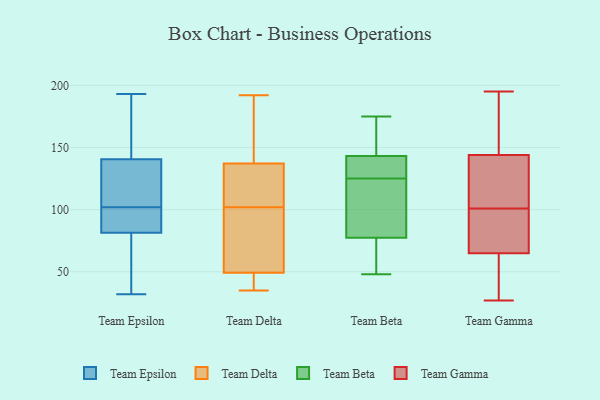
{"axis": {"x": "Budget (USD K)", "y": "Value"}, "legend": ["Team Beta", "Team Delta", "Team Epsilon", "Team Gamma"], "data": [{"x": "", "y": 175, "type": "Team Epsilon"}, {"x": "", "y": 88, "type": "Team Epsilon"}, {"x": "", "y": 94, "type": "Team Epsilon"}, {"x": "", "y": 32, "type": "Team Epsilon"}, {"x": "", "y": 184, "type": "Team Epsilon"}, {"x": "", "y": 105, "type": "Team Epsilon"}, {"x": "", "y": 174, "type": "Team Epsilon"}, {"x": "", "y": 116, "type": "Team Epsilon"}, {"x": "", "y": 77, "type": "Team Epsilon"}, {"x": "", "y": 83, "type": "Team Epsilon"}, {"x": "", "y": 193, "type": "Team Epsilon"}, {"x": "", "y": 131, "type": "Team Epsilon"}, {"x": "", "y": 33, "type": "Team Epsilon"}, {"x": "", "y": 141, "type": "Team Epsilon"}, {"x": "", "y": 99, "type": "Team Epsilon"}, {"x": "", "y": 40, "type": "Team Epsilon"}, {"x": "", "y": 80, "type": "Team Epsilon"}, {"x": "", "y": 95, "type": "Team Epsilon"}, {"x": "", "y": 115, "type": "Team Epsilon"}, {"x": "", "y": 140, "type": "Team Epsilon"}, {"x": "", "y": 35, "type": "Team Delta"}, {"x": "", "y": 47, "type": "Team Delta"}, {"x": "", "y": 192, "type": "Team Delta"}, {"x": "", "y": 110, "type": "Team Delta"}, {"x": "", "y": 99, "type": "Team Delta"}, {"x": "", "y": 165, "type": "Team Delta"}, {"x": "", "y": 50, "type": "Team Delta"}, {"x": "", "y": 175, "type": "Team Delta"}, {"x": "", "y": 102, "type": "Team Delta"}, {"x": "", "y": 49, "type": "Team Delta"}, {"x": "", "y": 36, "type": "Team Delta"}, {"x": "", "y": 120, "type": "Team Delta"}, {"x": "", "y": 143, "type": "Team Delta"}, {"x": "", "y": 109, "type": "Team Delta"}, {"x": "", "y": 90, "type": "Team Delta"}, {"x": "", "y": 100, "type": "Team Beta"}, {"x": "", "y": 125, "type": "Team Beta"}, {"x": "", "y": 64, "type": "Team Beta"}, {"x": "", "y": 156, "type": "Team Beta"}, {"x": "", "y": 48, "type": "Team Beta"}, {"x": "", "y": 175, "type": "Team Beta"}, {"x": "", "y": 67, "type": "Team Beta"}, {"x": "", "y": 159, "type": "Team Beta"}, {"x": "", "y": 139, "type": "Team Beta"}, {"x": "", "y": 100, "type": "Team Beta"}, {"x": "", "y": 137, "type": "Team Beta"}, {"x": "", "y": 134, "type": "Team Beta"}, {"x": "", "y": 81, "type": "Team Beta"}, {"x": "", "y": 80, "type": "Team Gamma"}, {"x": "", "y": 60, "type": "Team Gamma"}, {"x": "", "y": 132, "type": "Team Gamma"}, {"x": "", "y": 146, "type": "Team Gamma"}, {"x": "", "y": 159, "type": "Team Gamma"}, {"x": "", "y": 138, "type": "Team Gamma"}, {"x": "", "y": 87, "type": "Team Gamma"}, {"x": "", "y": 101, "type": "Team Gamma"}, {"x": "", "y": 27, "type": "Team Gamma"}, {"x": "", "y": 49, "type": "Team Gamma"}, {"x": "", "y": 195, "type": "Team Gamma"}]}